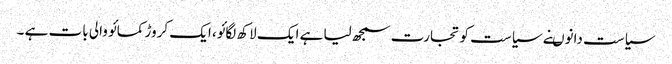
سیاست دانوںنے سیاست کو تجارت سمجھ لیا ہے ایک لاکھ لگائو، ایک کروڑ کمائو والی بات ہے ۔